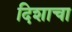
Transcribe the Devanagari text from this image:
दिशाचा